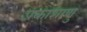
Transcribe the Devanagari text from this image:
प्रकाशाणु